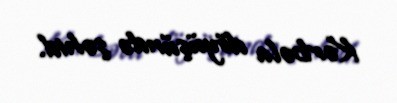
Kərbəla döyüşündə şəhid.